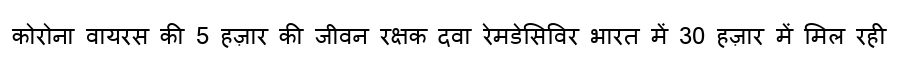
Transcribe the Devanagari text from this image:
कोरोना वायरस की 5 हज़ार की जीवन रक्षक दवा रेमडेसिविर भारत में 30 हज़ार में मिल रही